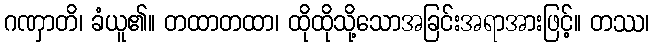
ဂဏှာတိ၊ ခံယူ၏။ တထာတထာ၊ ထိုထိုသို့သောအခြင်းအရာအားဖြင့်။ တဿ၊